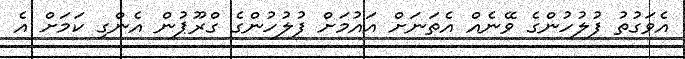
އެވަގުތު ފުލުހުންގެ ވޭނެއް އެތަނަށް އައުމަށް ފުލުހުންގެ ގްރޫޕުން އެންގި ކަމަށް އެ